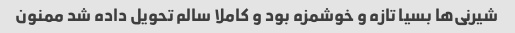
شیرنی‌ها بسیا تازه و خوشمزه بود و کاملا سالم تحویل داده شد ممنون